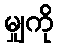
မျှကို